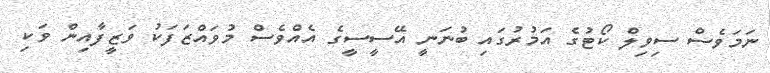
ނަމަވެސް ސިވިލް ކޯޓުގެ އަމުރުގައި ބުނަނީ އޭސީސީގެ އެއްވެސް މުވައްޒަފަކު ވަޒީފާއިން ވަކި